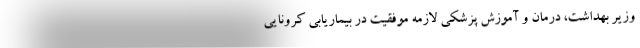
وزیر بهداشت، درمان و آموزش پزشکی لازمه موفقیت در بیماریابی کرونایی